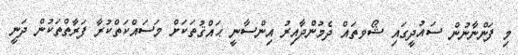
މި ފަންނާނުން ސައުދީގައި ޝޯވތައް ދެމުންދާއިރު އިންސާނީ ޙައްޤުތަކަށް މަސައްކަތްކުރާ ފަރާތްތަކުން ދަނީ